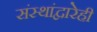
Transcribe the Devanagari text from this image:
संस्थांद्वारेही